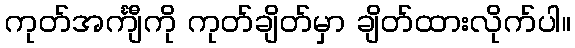
ကုတ်အင်္ကျီကို ကုတ်ချိတ်မှာ ချိတ်ထားလိုက်ပါ။